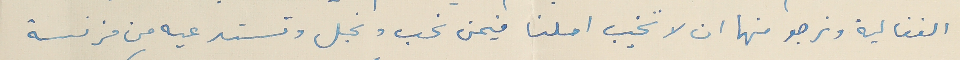
الفغالية ونرجو منها ان لا تخيب املنا فيمن نحب ونجل وتستدعيه من فرنسة